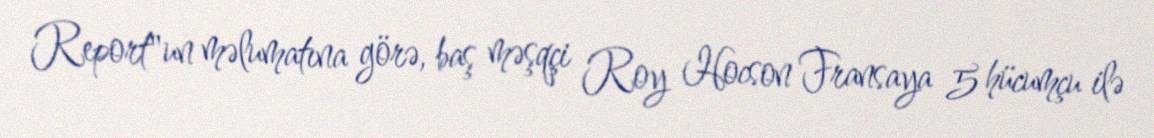
Report"un məlumatına görə, baş məşqçi Roy Hocson Fransaya 5 hücumçu ilə